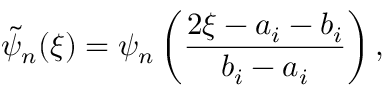
\tilde { \psi } _ { n } ( \xi ) = \psi _ { n } \left( \frac { 2 \xi - a _ { i } - b _ { i } } { b _ { i } - a _ { i } } \right) ,